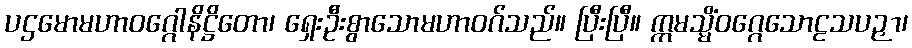
ပဌမောမဟာဝဂ္ဂေါနိဋ္ဌိတော၊ ရှေးဦးစွာသောမဟာဝဂ်သည်။ ပြီးပြီ။ ဣမသ္မိံဝဂ္ဂေသောဠသပဉှာ၊